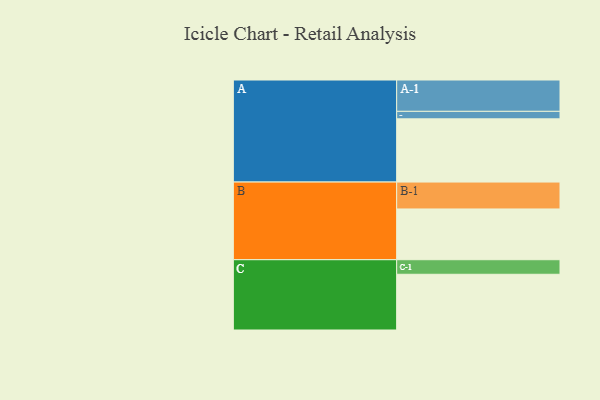
{"axis": {"x": "Segment", "y": "Value"}, "legend": ["", "A", "B", "C"], "data": [{"x": "A", "y": 599, "type": ""}, {"x": "B", "y": 481, "type": ""}, {"x": "C", "y": 528, "type": ""}, {"x": "A-1", "y": 297, "type": "A"}, {"x": "A-2", "y": 71, "type": "A"}, {"x": "B-1", "y": 255, "type": "B"}, {"x": "C-1", "y": 138, "type": "C"}]}